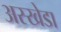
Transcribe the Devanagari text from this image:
अस्खेडा